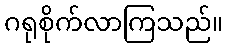
ဂရုစိုက်လာကြသည်။